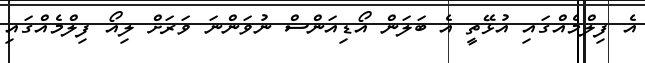
އެ ފިލްމެއްގައި އުޅޭތީ އެ ބަލަން އޯޑިއަންސް ނުވަންނަ ވަރަށް ލިއޯ ފިލްމެއްގައި